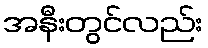
အနီးတွင်လည်း